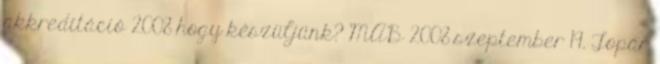
akkreditáció 2008 hogy készüljünk? MAB 2008 szeptember 19. Topár